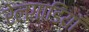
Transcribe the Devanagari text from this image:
रेलगाडियाँ